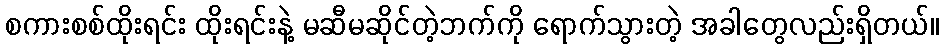
စကားစစ်ထိုးရင်း ထိုးရင်းနဲ့ မဆီမဆိုင်တဲ့ဘက်ကို ရောက်သွားတဲ့ အခါတွေလည်းရှိတယ်။